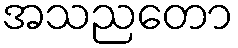
အသညတော